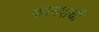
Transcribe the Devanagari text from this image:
कश्यपांची